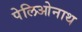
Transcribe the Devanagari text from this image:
पेलिओनाथ